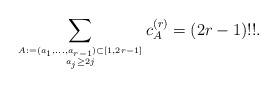
LaTeX: \begin{gather*}\sum_{A:=(a_1,\ldots,a_{r-1}) \subset [1,2r-1] \atop a_{j} \ge 2 j} c_{A}^{(r)} = (2r-1) !! .\end{gather*}